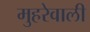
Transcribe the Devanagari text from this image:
मुहरेवाली